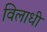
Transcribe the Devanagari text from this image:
विलाधी